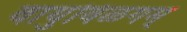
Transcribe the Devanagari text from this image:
वायुविळगम्